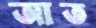
আত